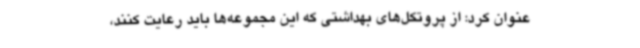
عنوان کرد: از پروتکل‌های بهداشتی که این مجموعه‌ها باید رعایت کنند،